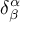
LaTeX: \delta _ { \beta } ^ { \alpha }